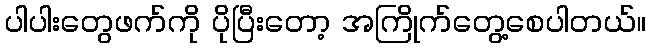
ပါပါးတွေဖက်ကို ပိုပြီးတော့ အကြိုက်တွေ့စေပါတယ်။